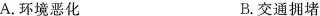
A.环境恶化 B.交通拥堵